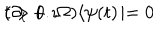
( \partial _ { t } + \imath \Omega ) \langle \psi ( t ) \! \mid = 0 \hspace { 1 . 2 c m } t > 0 .